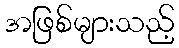
အဖြစ်များသည့်